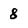
Character: 8